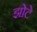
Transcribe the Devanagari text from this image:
झोटे